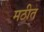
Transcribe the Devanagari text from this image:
मठीत